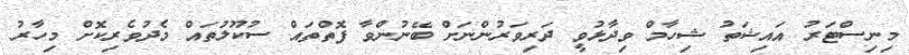
މިނިސްޓަރު އައިޝަތު ޝިހާމް ވިދާޅުވީ ދަރިވަރުންނަށް ބޭނުންވާ ފޮތްތައް ސުކޫލުތައް މެދުވެރިކޮށް މިހާރު